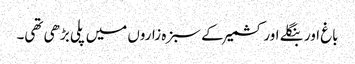
باغ اور بنگلے اور کشمیر کے سبزہ زاروں میں پلی بڑھی تھی۔